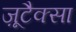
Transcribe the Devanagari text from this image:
ज़ूटैक्सा